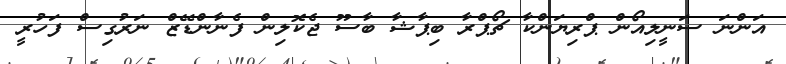
އަންނަ ސަނީލިއޯން ޕްރިޔަންކާ ޗޯޕްރާ ބިޕާޝާ ބާސޫ ޖެކޮލިން ފެނާންޑޭޒް ނަރުގިސް ފަހުރީ